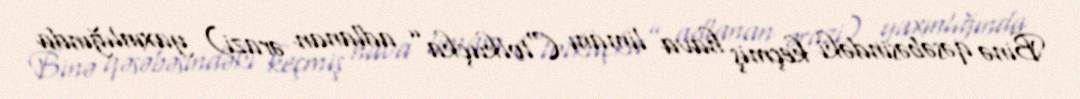
Binə qəsəbəsindəki keçmiş hava limanı (“tolkuçka” adlanan ərazi) yaxınlığında